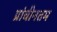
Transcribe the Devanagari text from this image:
प्रांचीनतम